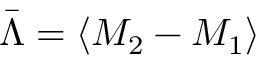
\bar { \Lambda } = \langle M _ { 2 } - M _ { 1 } \rangle